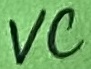
Text: VC